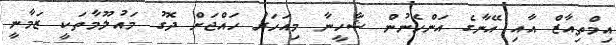
އިމްތިއާޒް އާއި އޭނާގެ އަންހެނުން ޝާހީނާ މިއަހަރު ހައްޖަށް ދޮގު މައުލޫމާތަކީ ޒަމާނީ